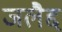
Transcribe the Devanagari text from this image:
जलैद्द